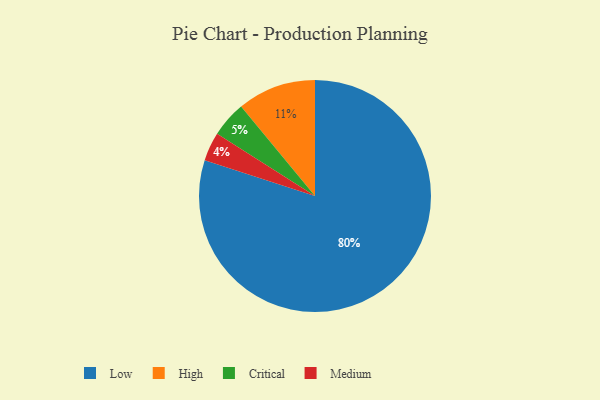
{"axis": {"x": "Category", "y": "Percentage"}, "legend": ["Critical", "High", "Low", "Medium"], "data": [{"x": "High", "y": 11, "type": "High"}, {"x": "Low", "y": 80, "type": "Low"}, {"x": "Critical", "y": 5, "type": "Critical"}, {"x": "Medium", "y": 4, "type": "Medium"}]}